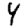
Digit: 4